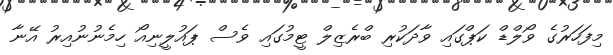
މިފަހަރުގެ ވޯލްޑް ކަޕްގައި ވާދަކުރި ބްރެޒިލް ޓީމުގައި ވެސް ޕައުލީނިއޯ ހިމެނުނުއިރު އޭނާ